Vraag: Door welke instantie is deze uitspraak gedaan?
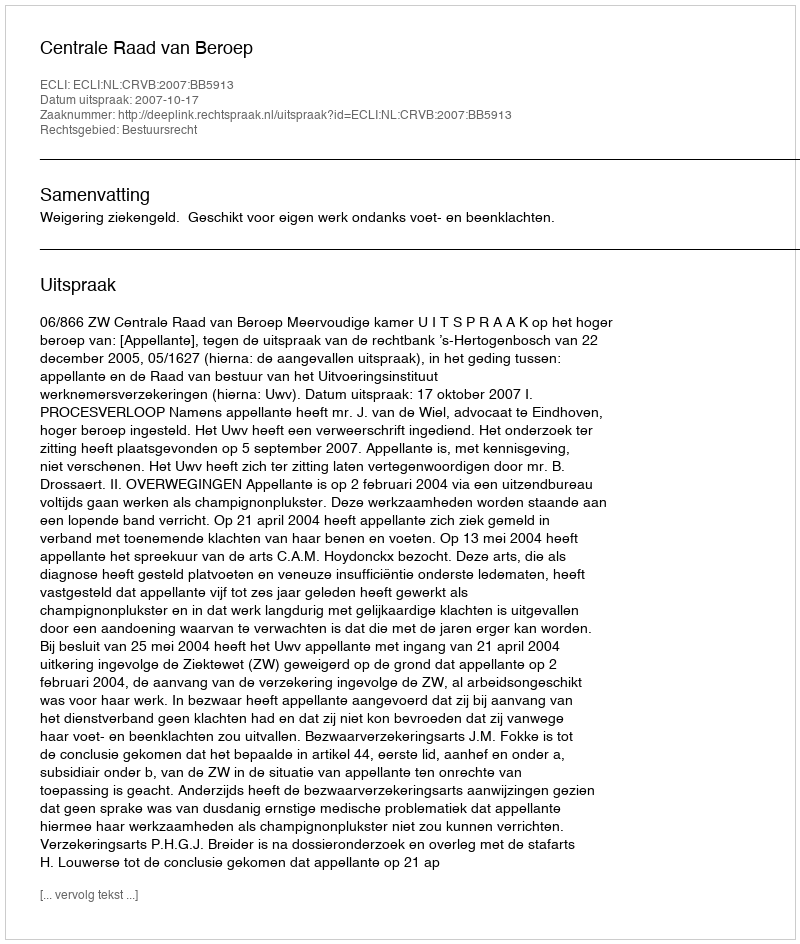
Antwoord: Centrale Raad van Beroep